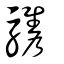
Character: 驨